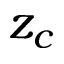
z _ { c }